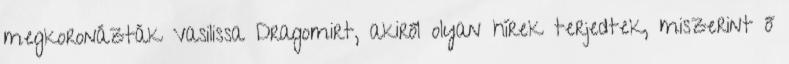
megkoronázták Vasilissa Dragomirt, akiről olyan hírek terjedtek, miszerint ő